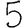
Digit: 5